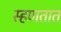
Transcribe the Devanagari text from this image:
स्हणतात